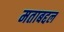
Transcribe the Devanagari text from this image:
मताबद्दल